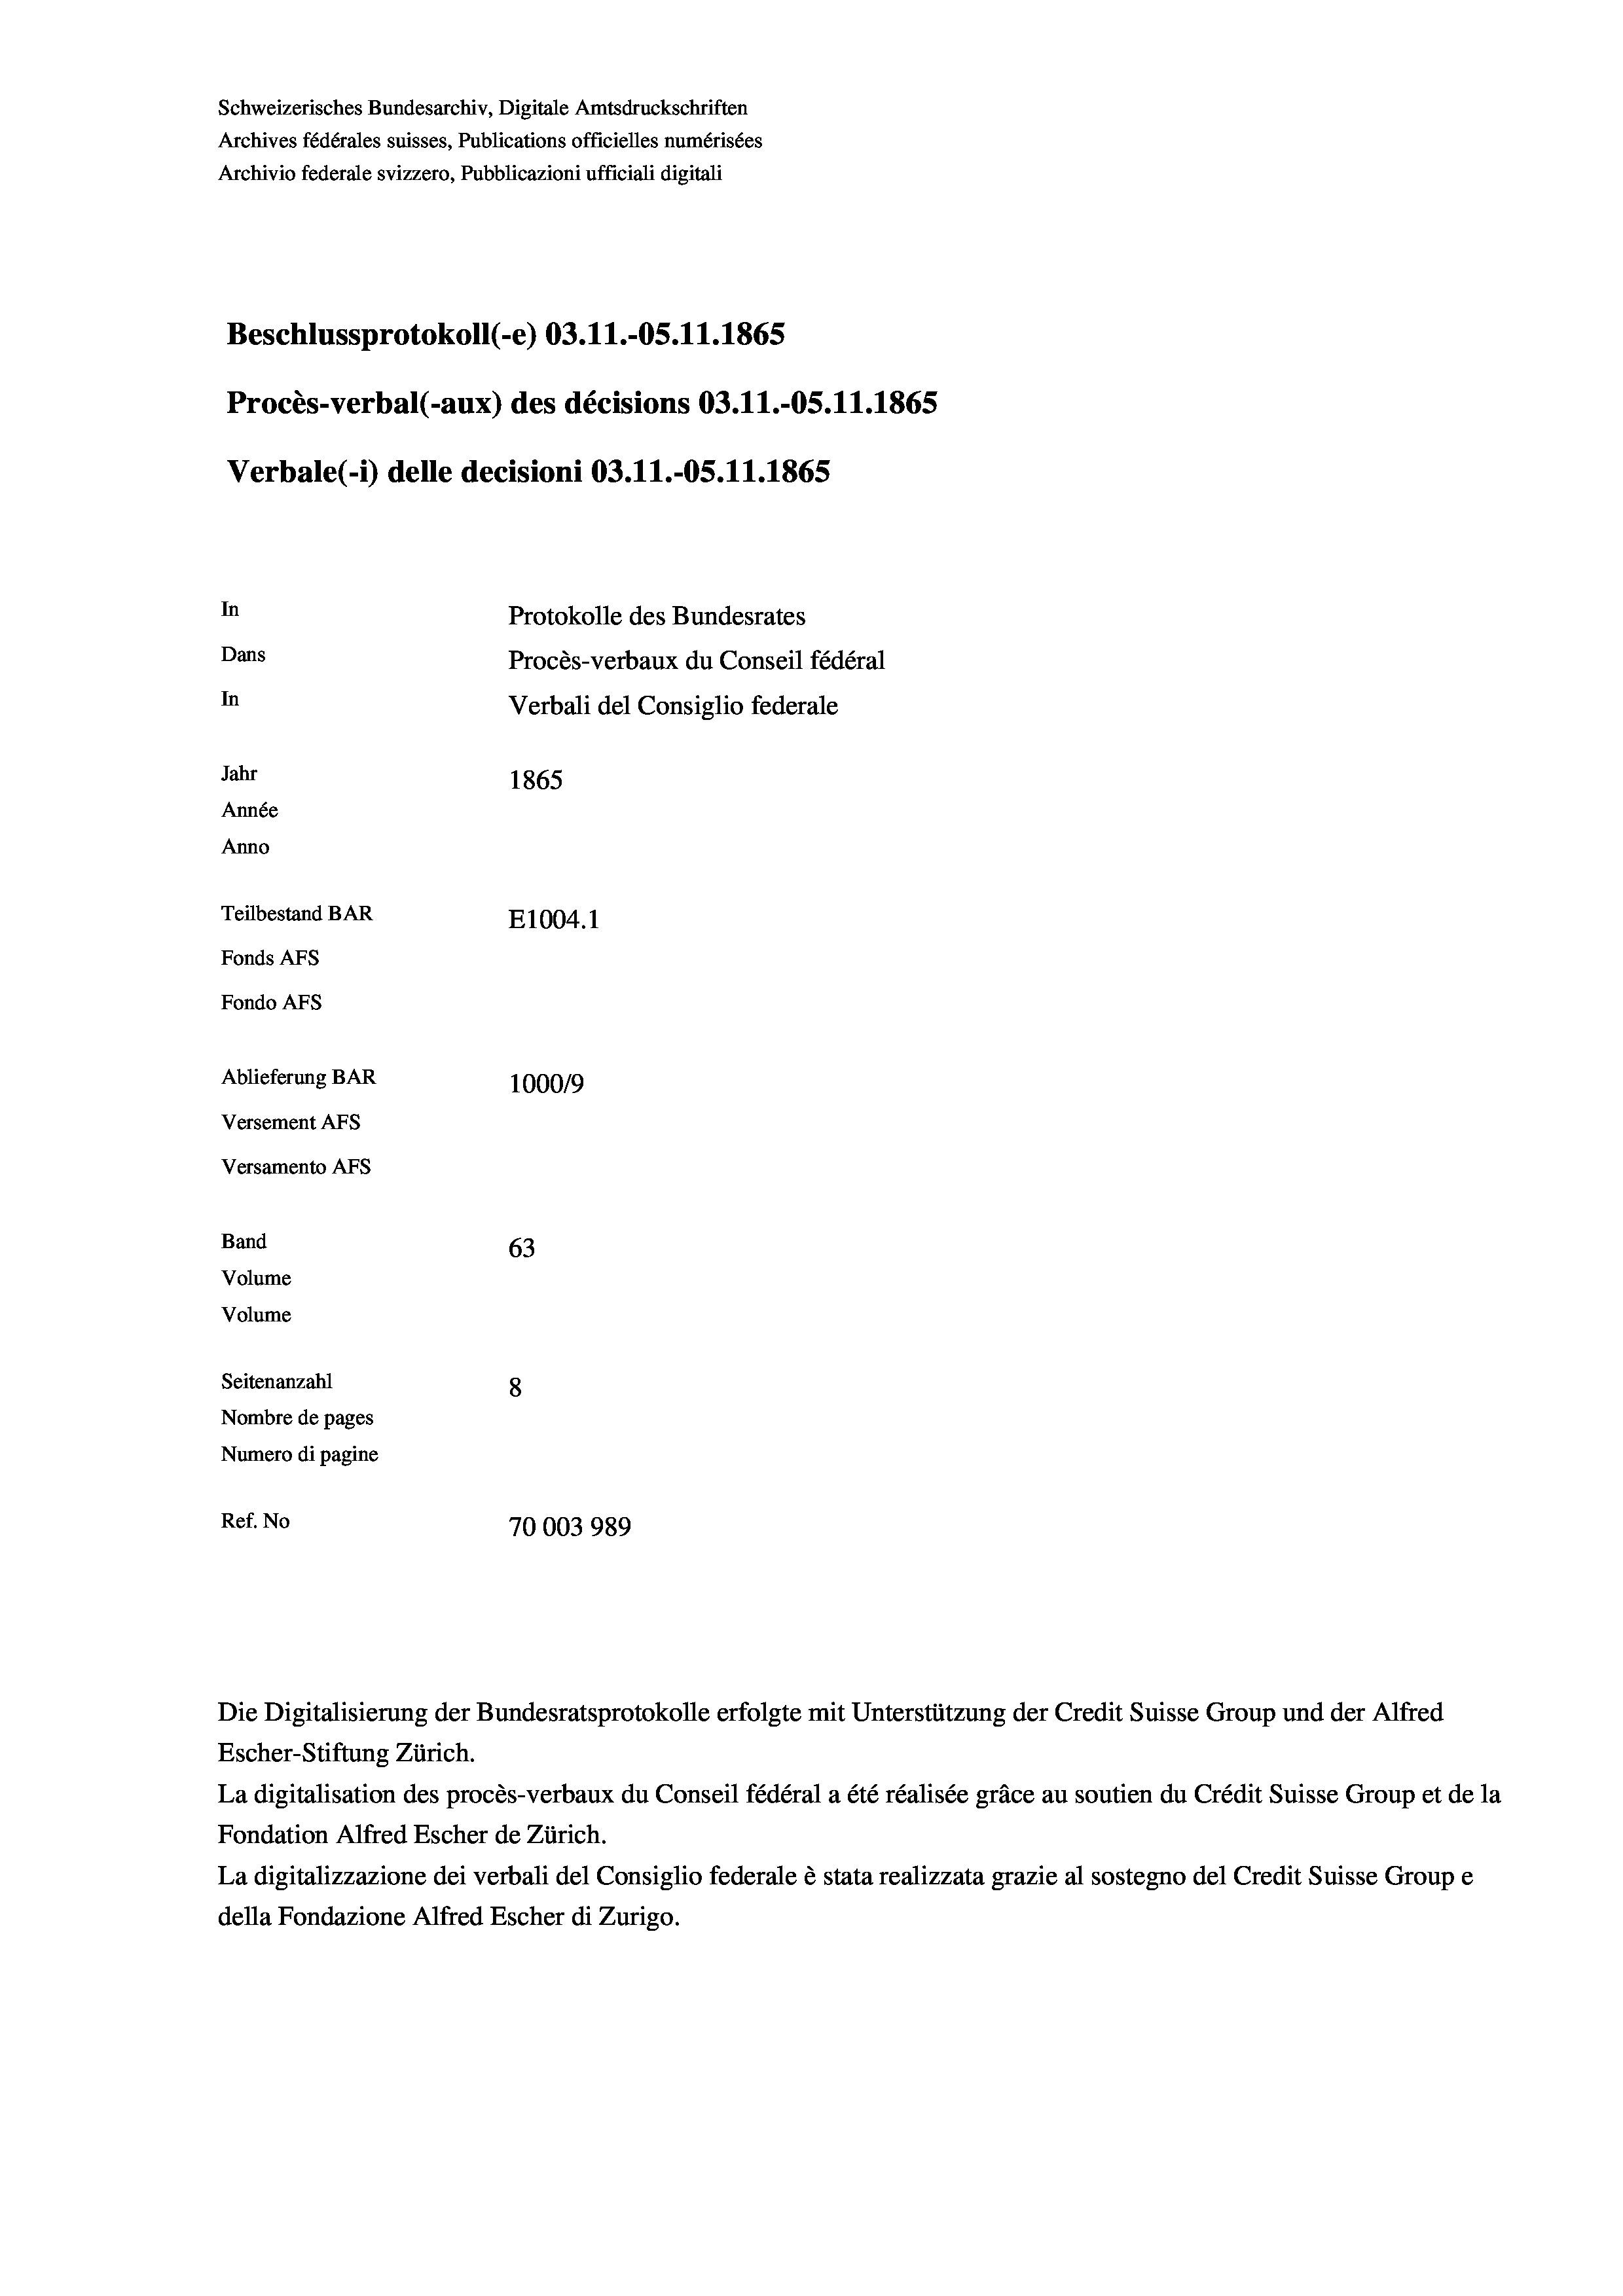
Schweizerisches Bundesarchiv, Digitale Amtsdruckschriften
Archives fédérales suisses, Publications officielles numérisées
Archivio federale svizzero, Pubblicazioni ufficiali digitali
Beschlussprotokoll (-e) 03.11.-05. 11. 1865
Procès-verbal (-aux) des décisions 03.11.-OS.11.1865
Verbale (- 1) delle decisioni 03.11.-OS.11.1865
In
Protokolle des Bundesrates
Dans
Procès-verbaux du Conseil fédéral
In
Verbali del Consiglio federale
Jahr
1865
Année
Anno
Teilbestand BAR
E1004. 1
Fonds AFs
Fondo AFS
Ablieferung BAR
100019
Versement AFs
Versamento Afs

63
8
Nombre de pages
Numero di pagine
Ref. No
70003989

Band
Volume

Volume
Seitenanzahl

Escher-Stiftung Zürich.
La digitalisation des procès-verbaux du Conseil fédéral a été réalisée gräce au soutien du Crédit Suisse Group et de la
Fondation Alfred Escher de Zürich.
La digitalizzazione dei verbali del Consiglio federale è stata realizzata grazie al sostegno del Credit Suisse Groupe
della Fondazione Alfred Escher di Zurigo.

Die Digitalisierung der Bundesratsprotokolle erfolgte mit Unterstützung der Credit Suisse Group und der Alfred